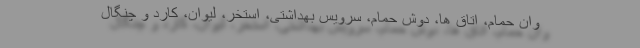
وان حمام، اتاق ها، دوش حمام، سرویس بهداشتی، استخر، لیوان، کارد و چنگال